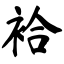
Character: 袷